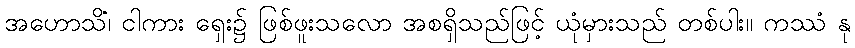
အဟောသိံ၊ ငါကား ရှေး၌ ဖြစ်ဖူးသလော အစရှိသည်ဖြင့် ယုံမှားသည် တစ်ပါး။ ကဿံ နု